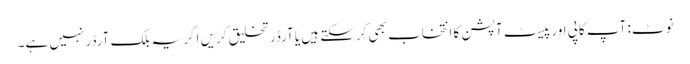
نوٹ: آپ کاپی اور پیسٹ آپشن کا انتخاب بھی کرسکتے ہیں یا آرڈر تخلیق کریں اگر یہ بلک آرڈر نہیں ہے۔